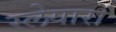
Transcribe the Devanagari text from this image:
स्लेयारों